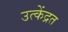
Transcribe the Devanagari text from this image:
उत्केंद्रत